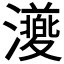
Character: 𭳨